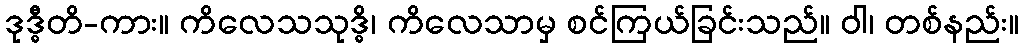
ဒုဒ္ဓီတိ-ကား။ ကိလေသသုဒ္ဓိ၊ ကိလေသာမှ စင်ကြယ်ခြင်းသည်။ ဝါ၊ တစ်နည်း။